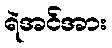
ရဲအင်အား